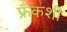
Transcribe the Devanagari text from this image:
फ्रँकशी